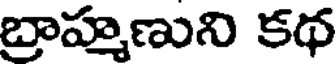
బ్రాహ్మణుని కథ